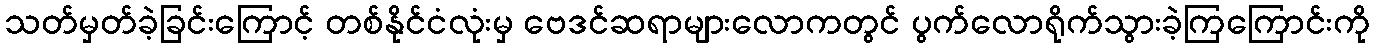
သတ်မှတ်ခဲ့ခြင်းကြောင့် တစ်နိုင်ငံလုံးမှ ဗေဒင်ဆရာများလောကတွင် ပွက်လောရိုက်သွားခဲ့ကြကြောင်းကို